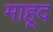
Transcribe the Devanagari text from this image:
माहूद